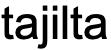
tajilta